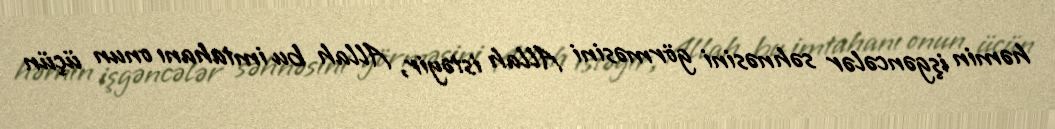
həmin işgəncələr səhnəsini görməsini Allah istəyir, Allah bu imtahanı onun üçün